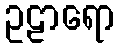
ဥဠာရော